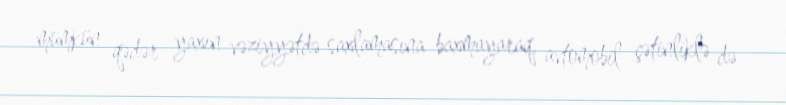
mümkün qədər yaxın vəziyyətdə saxlamasına baxmayaraq, avtomobil çətinliklə də